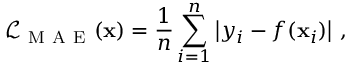
\mathcal { L } _ { \mathrm { ~ M ~ A ~ E ~ } } ( \mathbf { x } ) = \frac { 1 } { n } \sum _ { i = 1 } ^ { n } \left| y _ { i } - f ( \mathbf { x } _ { i } ) \right| \, ,